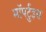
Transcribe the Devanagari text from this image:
मॉपर्टुइस